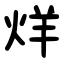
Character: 烊